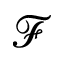
\mathcal { F }